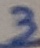
Text: 3